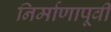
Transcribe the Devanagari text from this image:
निर्माणापूर्वी